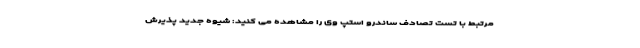
مرتبط با تست تصادف ساندرو استپ وی را مشاهده می کنید: شیوه جدید پذیرش